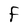
Character: F